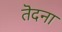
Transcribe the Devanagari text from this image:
तॆदना